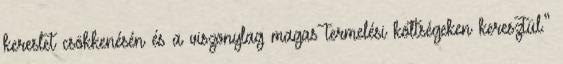
kereslet csökkenésén és a viszonylag magas termelési költségeken keresztül.”